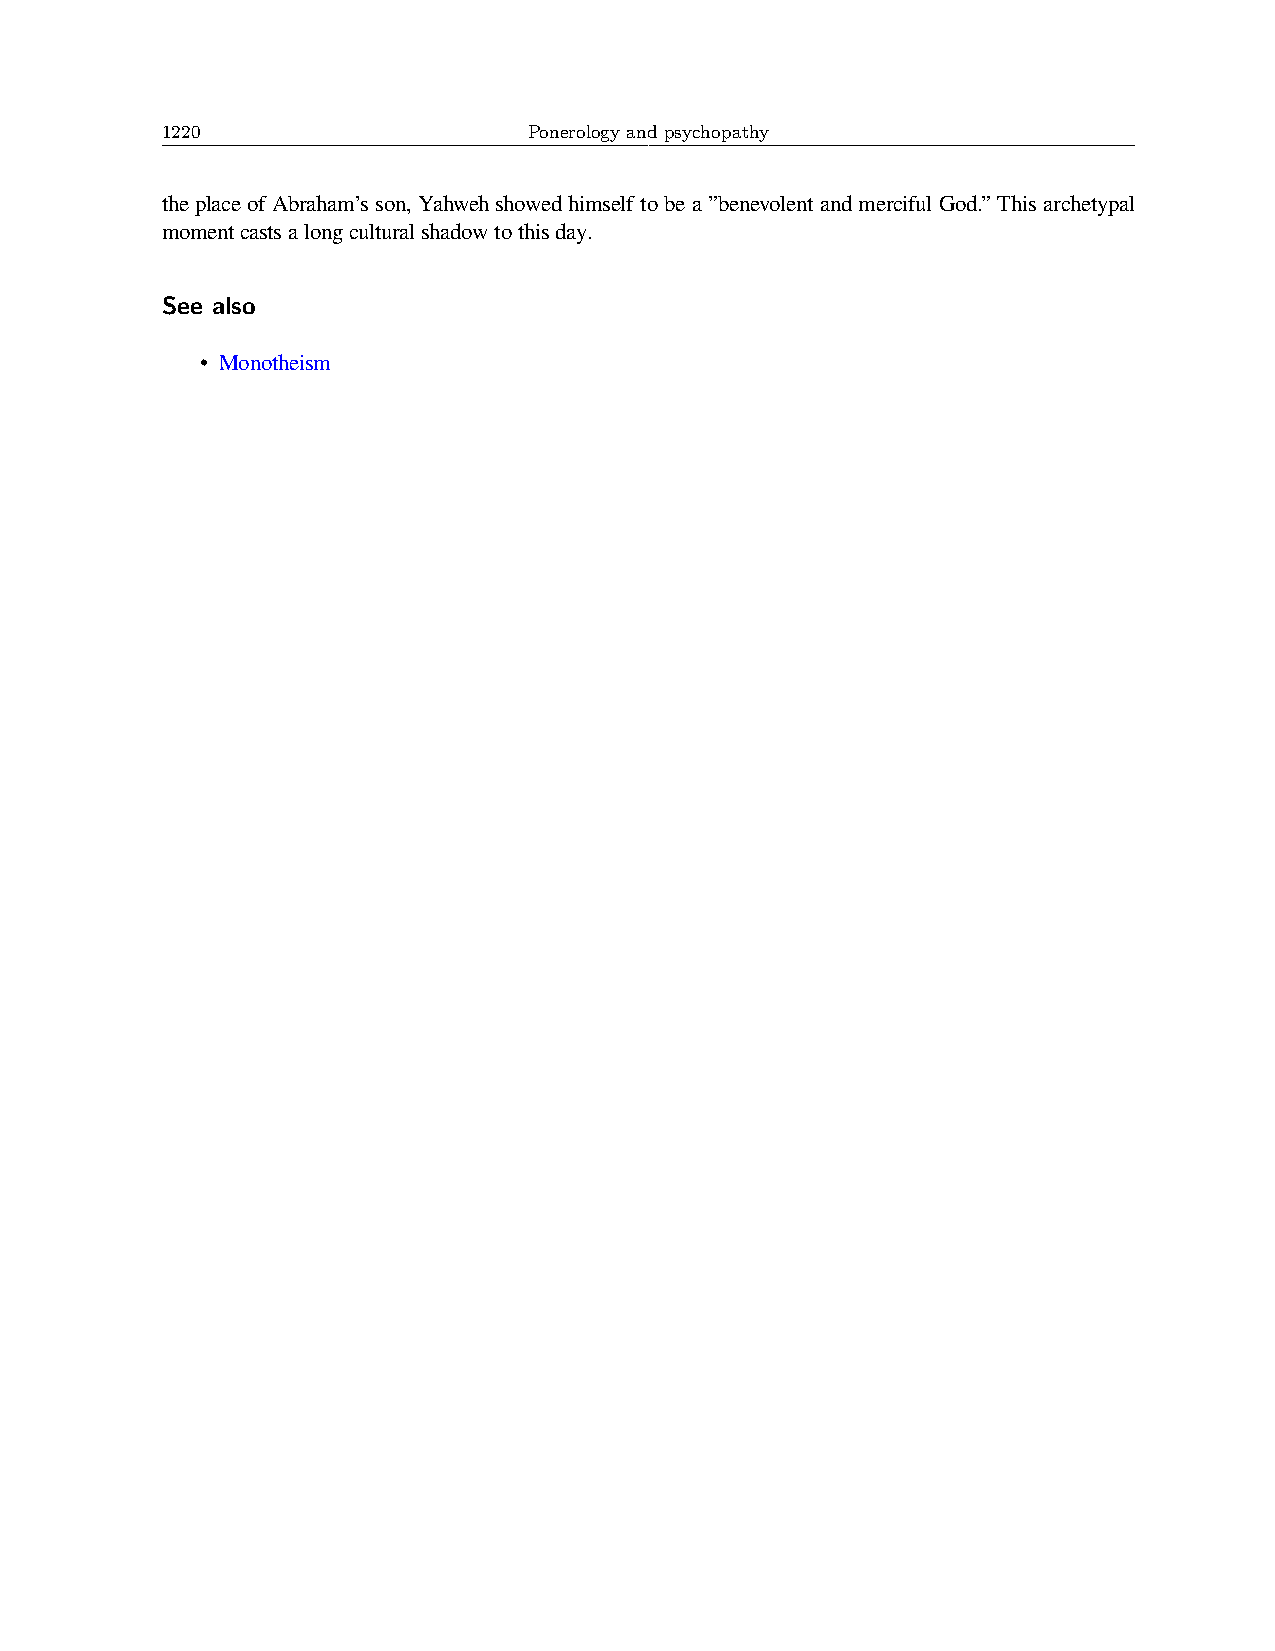
1220                    Ponerology and psychopathy
 theplaceofAbraham’sson,Yahwehshowedhimselftobea”benevolentandmercifulGod.”Thisarchetypal
 momentcastsalongculturalshadowtothisday.
 See also
 • Monotheism